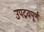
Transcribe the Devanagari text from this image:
उपद्रवपूर्ण